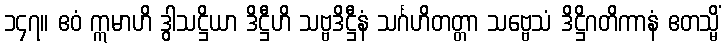
၁၄၇။ ဧဝံ ဣမာဟိ ဒွါသဋ္ဌိယာ ဒိဋ္ဌီဟိ သဗ္ဗဒိဋ္ဌီနံ သင်္ဂဟိတတ္တာ သဗ္ဗေသံ ဒိဋ္ဌိဂတိကာနံ ဧတသ္မိံ